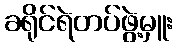
ခရိုင်ရဲတပ်ဖွဲ့မှူး